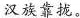
汉族靠拢。